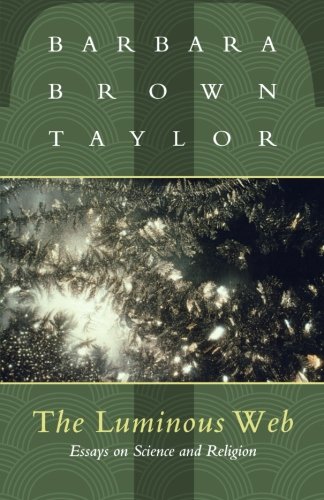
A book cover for The Luminous Web: Essays on Science and Religion; Barbara Taylor; Christian Books & Bibles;